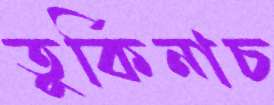
তুর্কিনাচ